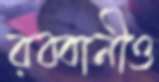
রব্বানীও